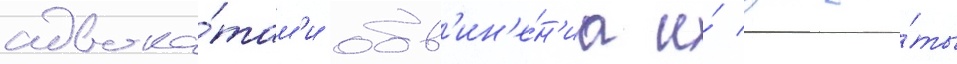
адвока́там'и обв'ин'е́н'иа и́ защи́ты